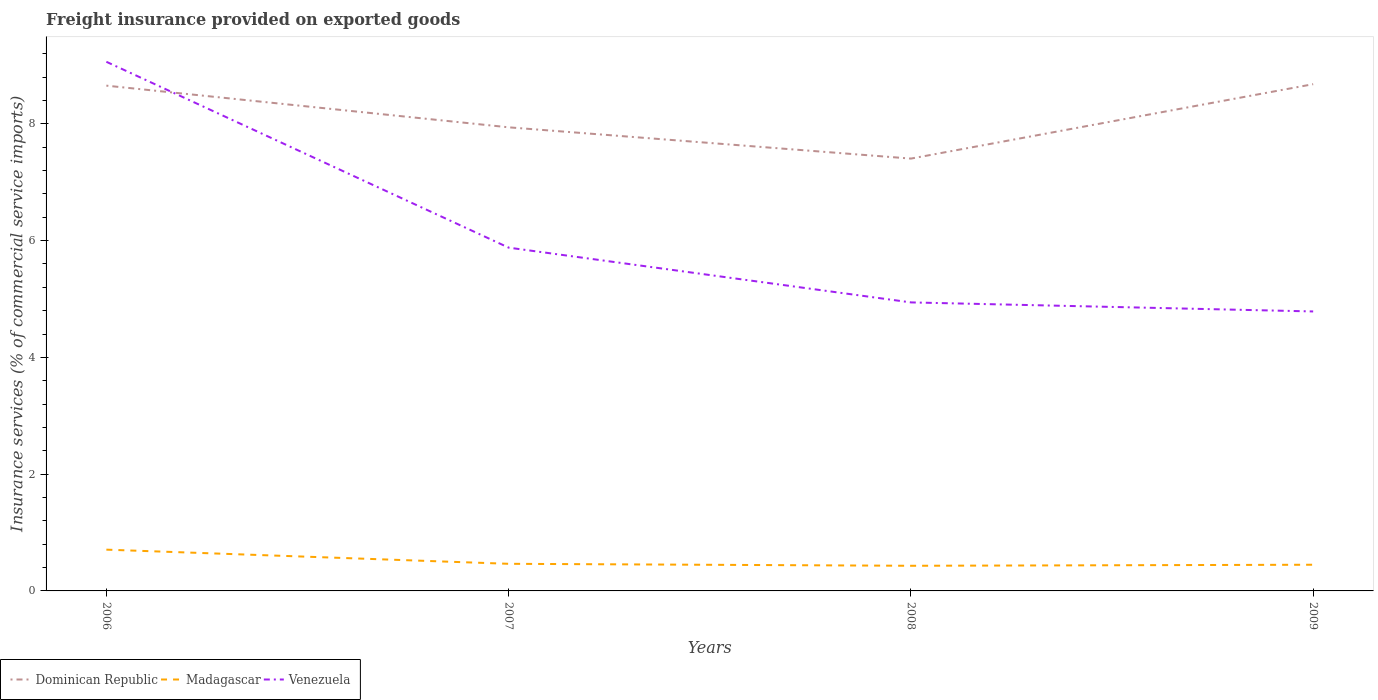
| Years | Dominican Republic | Madagascar | Venezuela |
 | --- | --- | --- | --- |
 | 2006 | 8.65 | 0.707 | 9.06 |
 | 2007 | 7.94 | 0.464 | 5.88 |
 | 2008 | 7.4 | 0.431 | 4.94 |
 | 2009 | 8.68 | 0.449 | 4.79 |